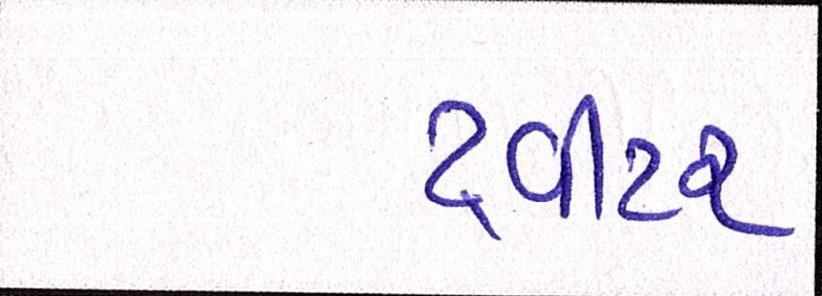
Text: ટ્વીટર